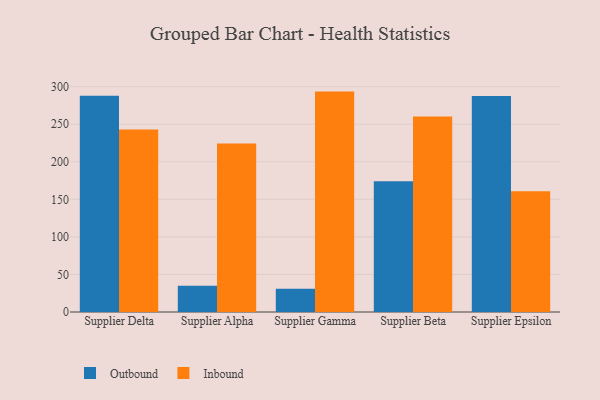
{"axis": {"x": "Supplier", "y": "Gross Profit (USD K)"}, "legend": ["Inbound", "Outbound"], "data": [{"x": "Supplier Delta", "y": 288.0, "type": "Outbound"}, {"x": "Supplier Delta", "y": 243.0, "type": "Inbound"}, {"x": "Supplier Alpha", "y": 35.0, "type": "Outbound"}, {"x": "Supplier Alpha", "y": 224.4, "type": "Inbound"}, {"x": "Supplier Gamma", "y": 30.8, "type": "Outbound"}, {"x": "Supplier Gamma", "y": 293.4, "type": "Inbound"}, {"x": "Supplier Beta", "y": 174.0, "type": "Outbound"}, {"x": "Supplier Beta", "y": 260.3, "type": "Inbound"}, {"x": "Supplier Epsilon", "y": 287.7, "type": "Outbound"}, {"x": "Supplier Epsilon", "y": 160.9, "type": "Inbound"}]}